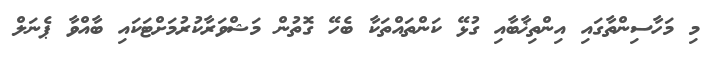
މި މަހާސިންތާގައި އިންތިޚާބާއި ގުޅޭ ކަންތައްތަކާ ބެހޭ ގޮތުން މަޝްވަރާކުރުމަށްޓަކައި ބާއްވާ ޕެނަލް